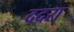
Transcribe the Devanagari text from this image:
ददरा